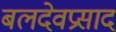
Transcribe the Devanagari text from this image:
बलदेवप्रसाद